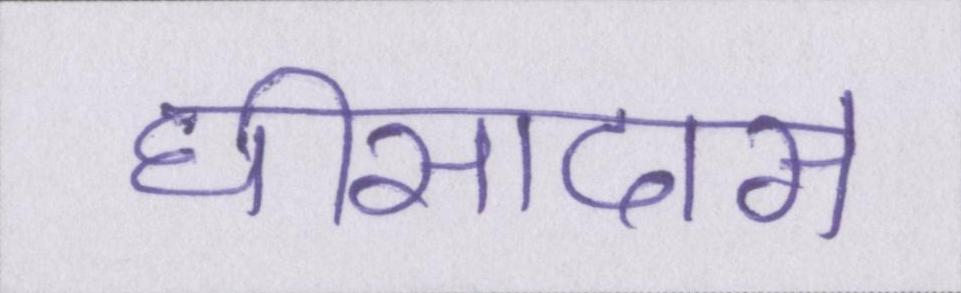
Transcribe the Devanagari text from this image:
घीसादास